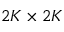
2 K \times 2 K